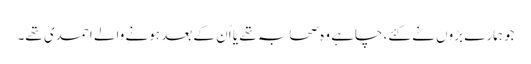
جو ہمارے بڑوں نے کئے، چاہے وہ صحابہ تھے یا اُن کے بعد ہونے والے احمدی تھے۔